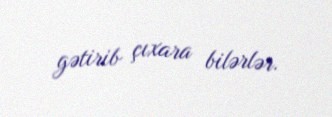
gətirib çıxara bilərlər.